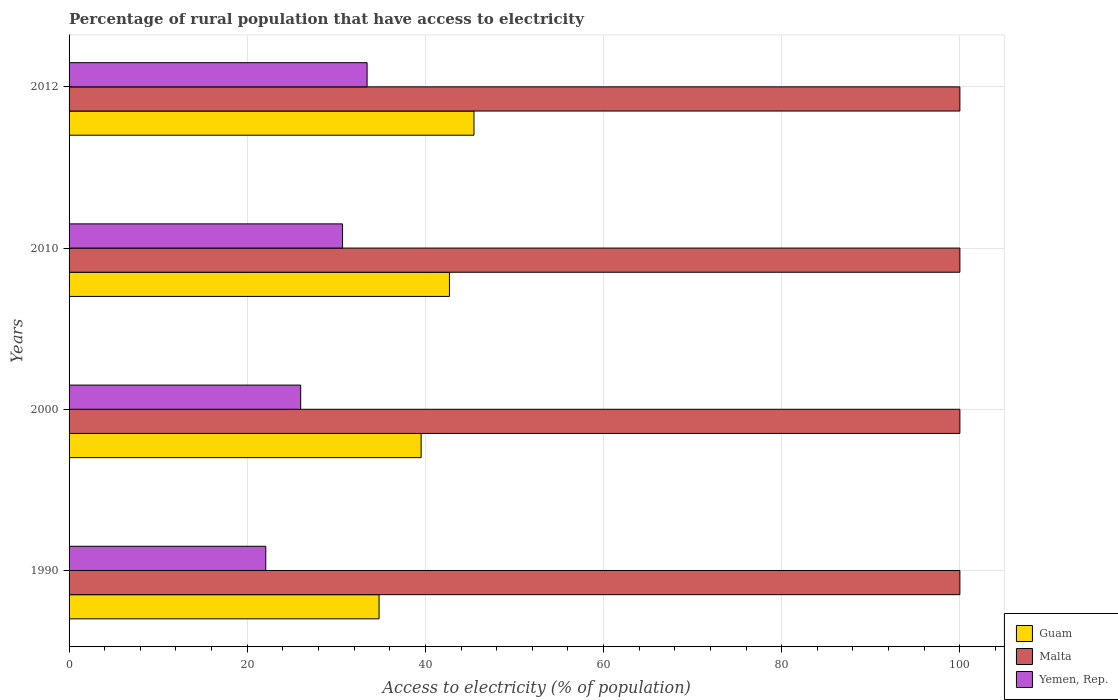
| Years | Guam | Malta | Yemen, Rep. |
 | --- | --- | --- | --- |
 | 1990 | 34.8 | 100 | 22.1 |
 | 2000 | 39.5 | 100 | 26 |
 | 2010 | 42.7 | 100 | 30.7 |
 | 2012 | 45.5 | 100 | 33.5 |